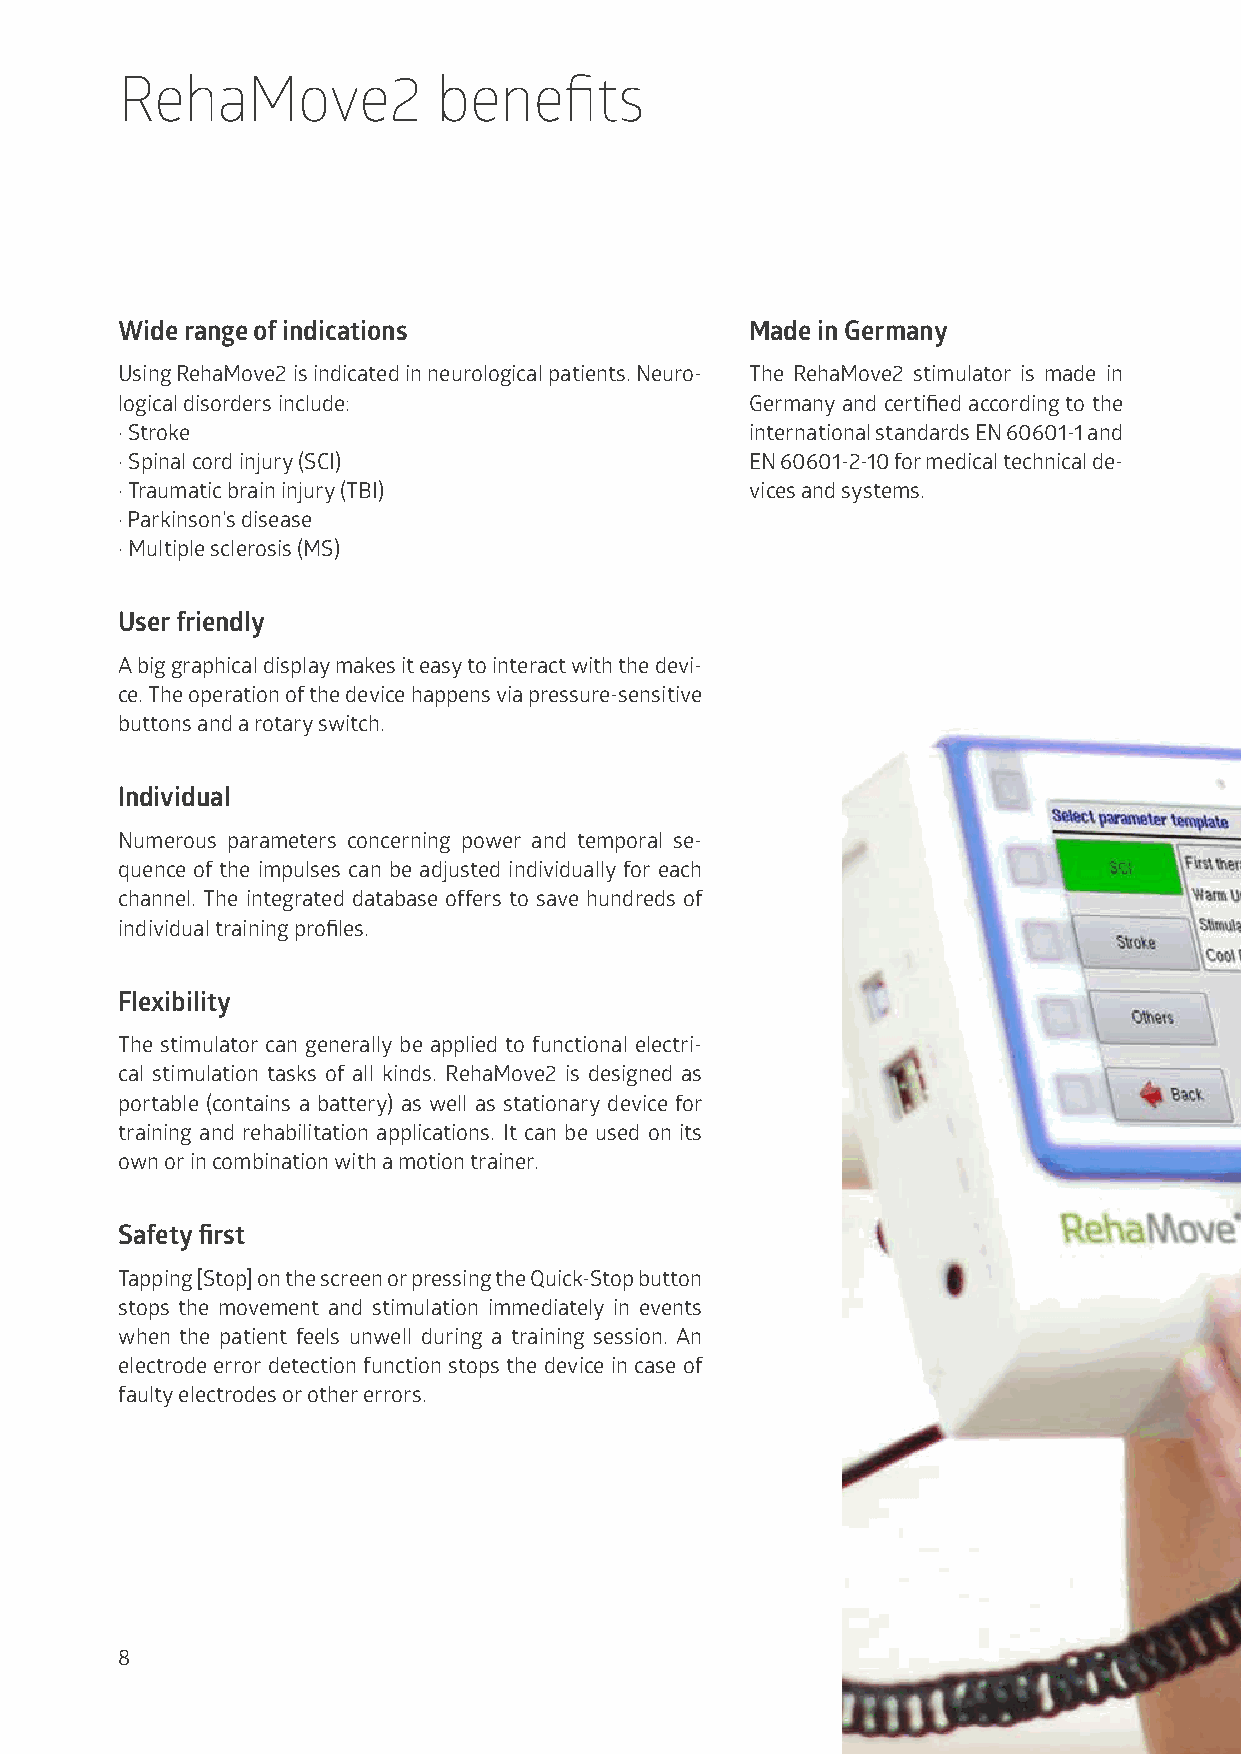
RehaMove2            benefits
 Wide range of indications                 Made in Germany
 Using RehaMove2 is indicated in neurological patients. Neuro- The RehaMove2 stimulator is made in
 logical disorders include:                Germany and certified according to the
 · Stroke                                  international standards EN 60601-1 and
 · Spinal cord injury (SCI)                EN 60601-2-10 for medical technical de-
 · Traumatic brain injury (TBI)            vices and systems.
 · Parkinson’s disease
 · Multiple sclerosis (MS)
 User friendly
 A big graphical display makes it easy to interact with the devi-
 ce. The operation of the device happens via pressure-sensitive
 buttons and a rotary switch.
 Individual
 Numerous parameters concerning power and temporal se-
 quence of the impulses can be adjusted individually for each
 channel. The integrated database offers to save hundreds of
 individual training profiles.
 Flexibility
 The stimulator can generally be applied to functional electri-
 cal stimulation tasks of all kinds. RehaMove2 is designed as
 portable (contains a battery) as well as stationary device for
 training and rehabilitation applications. It can be used on its
 own or in combination with a motion trainer.
 Safety first
 Tapping [Stop] on the screen or pressing the Quick-Stop button
 stops the movement and stimulation immediately in events
 when the patient feels unwell during a training session. An
 electrode error detection function stops the device in case of
 faulty electrodes or other errors.
 8